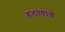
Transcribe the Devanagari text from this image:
हलण्याचे